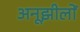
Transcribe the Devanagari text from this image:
अनूझीलों